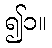
၍၁။